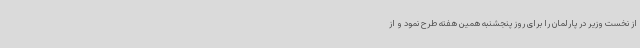
از نخست وزیر در پارلمان را برای روز پنجشنبه همین هفته طرح نمود و از